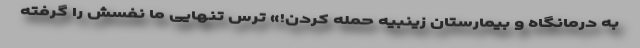
به درمانگاه و بیمارستان زینبیه حمله کردن!» ترس تنهایی ما نفسش را گرفته